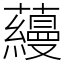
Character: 蘰